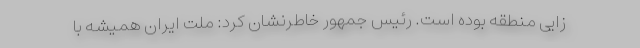
زایی منطقه بوده است. رئیس جمهور خاطرنشان کرد:‌ ملت ایران همیشه با